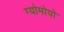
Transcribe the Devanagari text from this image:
ग्योमोयो